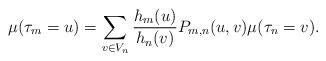
LaTeX: \begin{align*}\mu(\tau_m=u)=\sum_{v \in V_n}\frac{h_m(u)}{h_n(v)}P_{m,n}(u,v)\mu(\tau_n=v).\end{align*}